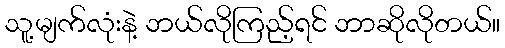
သူ့မျက်လုံးနဲ့ ဘယ်လိုကြည့်ရင် ဘာဆိုလိုတယ်။